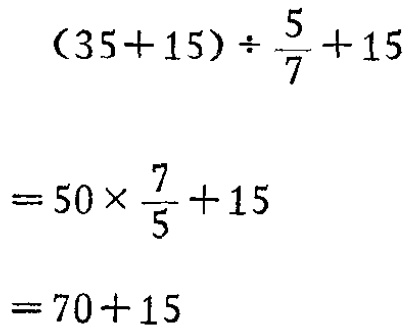
\[

\begin{align*}

&(35 + 15)\div\frac{5}{7}+15\\

=&50\times\frac{7}{5}+15\\

=&70 + 15

\end{align*}

\]